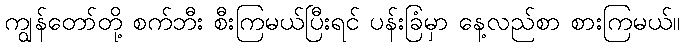
ကျွန်တော်တို့ စက်ဘီး စီးကြမယ်ပြီးရင် ပန်းခြံမှာ နေ့လည်စာ စားကြမယ်။